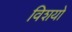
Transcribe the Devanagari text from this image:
विशयो